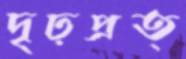
দৃঢ়প্রত্